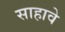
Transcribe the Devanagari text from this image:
साहावे